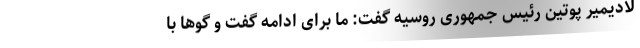
لادیمیر پوتین رئیس جمهوری روسیه گفت: ما برای ادامه گفت و گوها با